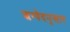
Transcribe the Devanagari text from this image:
ऋग्वेदनुसार